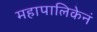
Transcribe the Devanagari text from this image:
महापालिकेनं